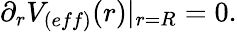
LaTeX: \partial_{r}V_{(eff)}(r)|_{r=R}=0.